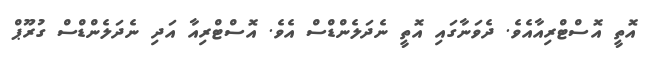
އޮތީ އޮސްޓްރިއާއެވެ. ދެވަނާގައި އޮތީ ނެދަލެންޑްސް އެވެ. އޮސްޓްރިއާ އަދި ނެދަލެންޑްސް ގުރޫޕް